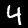
Digit: 4